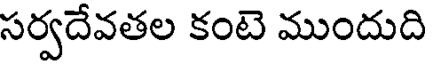
సర్వదేవతల కంటె ముందుది